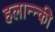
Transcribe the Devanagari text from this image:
हलान्न्की